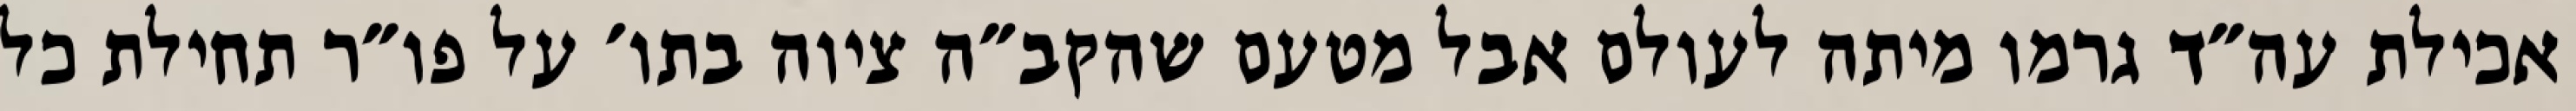
אכילת עה״ד גרמו מיתה לעולם אבל מטעם שהקב״ה ציוה בתו׳ על פו״ר תחילת כל